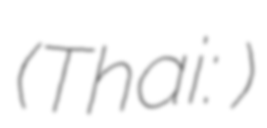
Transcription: (Thai: พรรคชาติพัฒนากล้า)